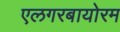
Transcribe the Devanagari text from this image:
एलगरबायोरम